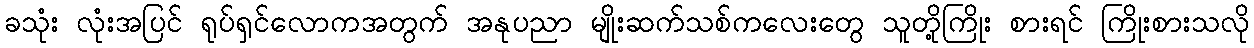
ခသုံး လုံးအပြင် ရုပ်ရှင်လောကအတွက် အနုပညာ မျိုးဆက်သစ်ကလေးတွေ သူတို့ကြိုး စားရင် ကြိုးစားသလို